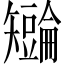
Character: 𪿏